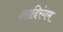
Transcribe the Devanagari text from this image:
आदिरंगम